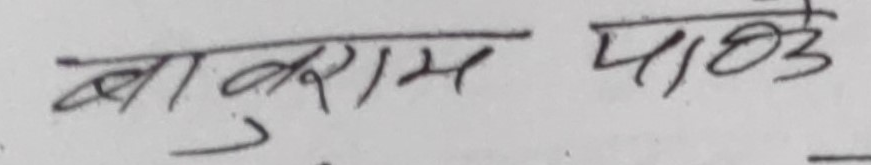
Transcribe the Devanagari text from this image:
बाबुराम पाठ्ठे